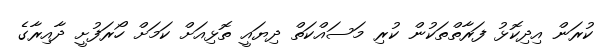
ކުރަން އިދިކޮޅު ފަރާތްތަކުން ކުރި މަސައްކަތް ދިޔައީ ތޮޅިއަށް ކަމަށް ހޯރަފުށީ ދާއިރާގެ